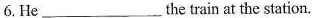
6.He ___the train at the station.